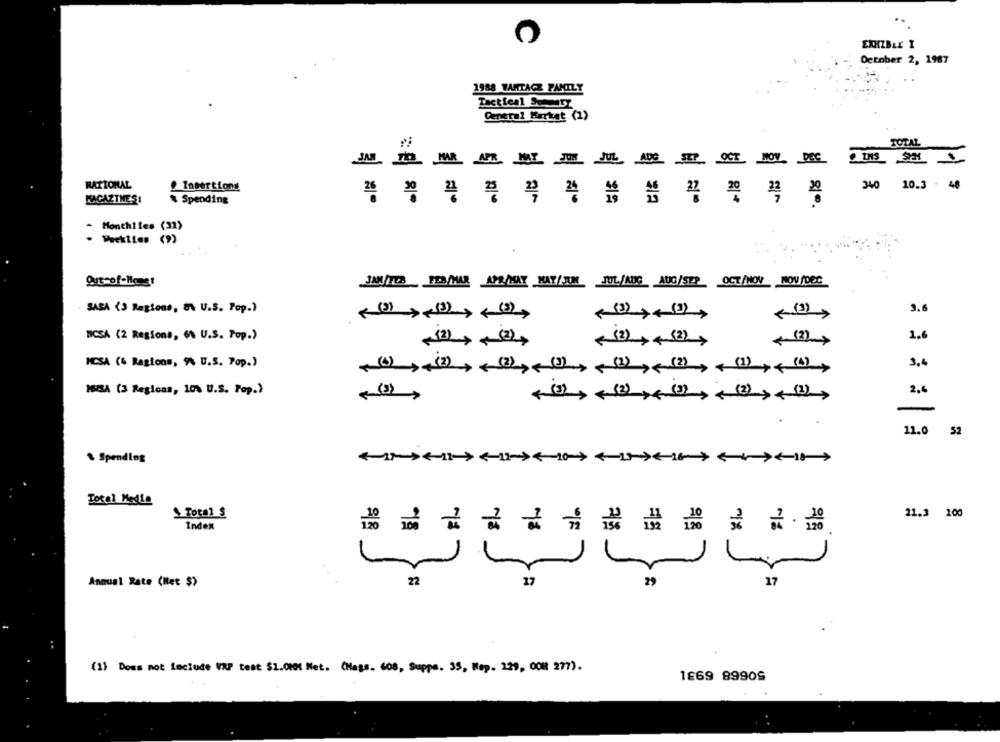
EXHIBLE I
Detober 2, 1987
1988 VANTAGE FAMILY
Tactical Sommery
General Market (1)
TOTAL
JA5 T MR APE MY JUN JUL ADE SEP OCT NOV. DEC DIS SE &
RATIONAL
340 10.3 . 48
Insertiond
MAGAZINES!
& Spending
- Monthifes (32)
( 9)
Out-of-Hongr
JAN/TOR PES/MAR. APR/MAY HAY/JUR JUL/ANG AUG/SEP OCT/NOV NOV/DEC
SASA (3 Regions, 8\ U.S. Pop.)
9.6
NCSA (2 Regions, 6% U.S. Pop.)
1.6
< (2)
MCSA (6 Regions, 9% U.S. Pop.)
3,4
YA (3 Regions, 10% U.S. Pop.)
2,4
((3),(2) ,( (0), (2), , (2),
11.0
52
. Spending
Total Media
끓 끊 음
Total S
NE
21.3 100
Index
긋 긋 · 금융
Annual Rate (Het $>
22
17
17
(1) Does not Include VRP test $1.0001 Net. (Hags. 608, Suppe. 35, Wop. 129, 008 277).
1£69 8990S